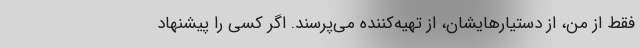
فقط از من، از دستیارهایشان، از تهیه‌کننده می‌پرسند. اگر کسی را پیشنهاد